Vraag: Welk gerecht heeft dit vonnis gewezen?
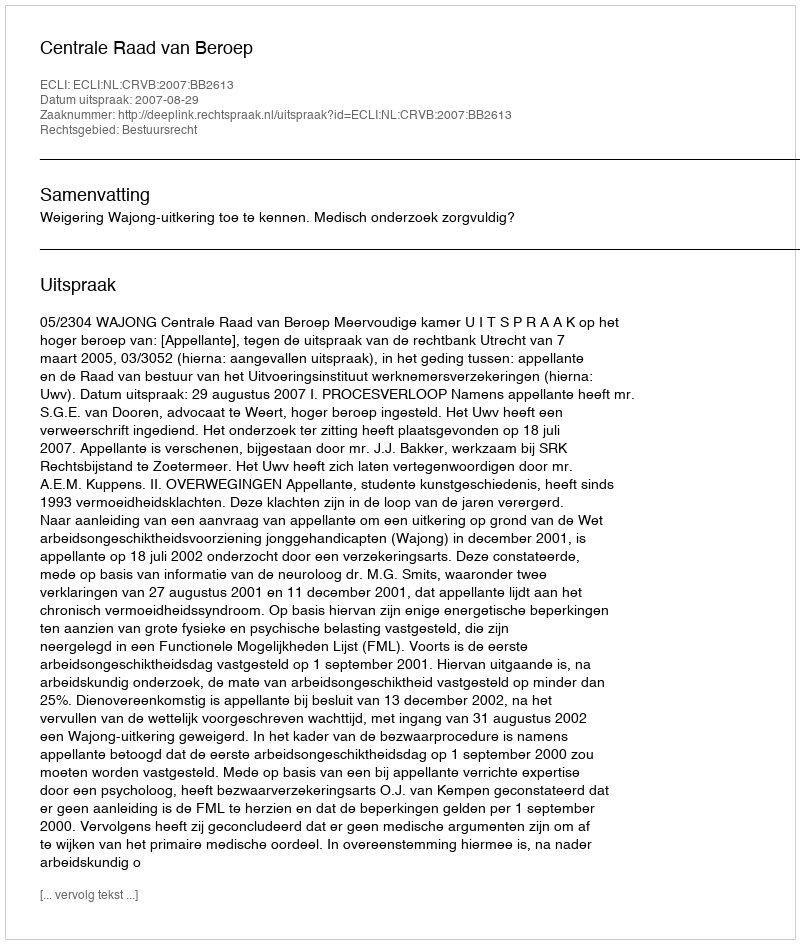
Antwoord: Centrale Raad van Beroep